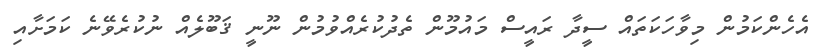
އެހެންކަމުން މިވާހަކަތައް ސީދާ ރައީސް މައުމޫން ތެދުކުރެއްވުމުން ނޫނީ ޤަބޫލެއް ނުކުރެވޭނެ ކަމަށާއި